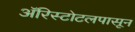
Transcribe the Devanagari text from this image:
ॲरिस्टोटलपासून